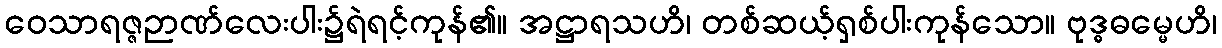
ဝေသာရဇ္ဇဉာဏ်လေးပါး၌ရဲရင့်ကုန်၏။ အဋ္ဌာရသဟိ၊ တစ်ဆယ့်ရှစ်ပါးကုန်သော။ ဗုဒ္ဓဓမ္မေဟိ၊